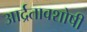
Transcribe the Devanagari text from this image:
आर्द्रतावशोषी